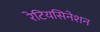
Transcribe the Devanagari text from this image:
रेटियसिनेशन